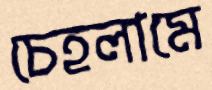
চেহলামে